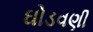
ઘોડવણી